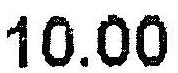
10.00